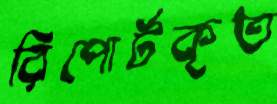
রিপোর্টকৃত